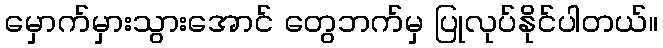
မှောက်မှားသွားအောင် တွေဘက်မှ ပြုလုပ်နိုင်ပါတယ်။